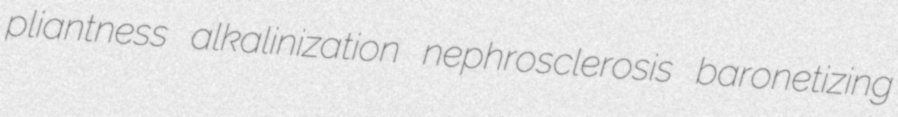
pliantness alkalinization nephrosclerosis baronetizing